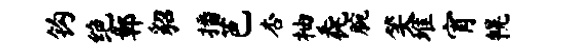
钩绝鄣貂播芭杏柚毳腕笑堆宵幌